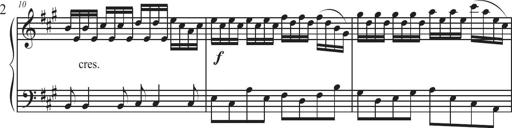
Title: Sonatina Espania
Composer: Jerald Franklin Archer
Key: Various